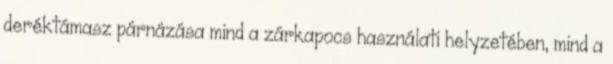
deréktámasz párnázása mind a zárkapocs használati helyzetében, mind a